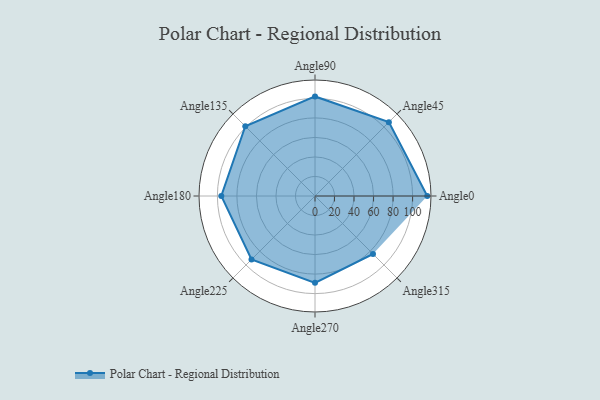
{"axis": {"x": "Angle", "y": "Radius"}, "legend": [""], "data": [{"x": "Angle0", "y": 115.0, "type": ""}, {"x": "Angle45", "y": 107.0, "type": ""}, {"x": "Angle90", "y": 102.0, "type": ""}, {"x": "Angle135", "y": 101.0, "type": ""}, {"x": "Angle180", "y": 96.0, "type": ""}, {"x": "Angle225", "y": 92.0, "type": ""}, {"x": "Angle270", "y": 89.0, "type": ""}, {"x": "Angle315", "y": 84.0, "type": ""}]}